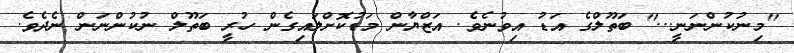
''މިނުކުންނަނީ...'' ބަތޫލްގެ އަޑު އިވުނެވެ. އަޒްޔާން މަޑުކޮށްލައިގެން ހުރީ ބަތޫލް ނުކުންނަން ނެދެވެ.